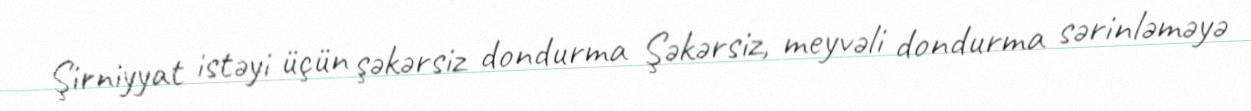
Şirniyyat istəyi üçün şəkərsiz dondurma Şəkərsiz, meyvəli dondurma sərinləməyə